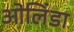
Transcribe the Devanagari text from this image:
ओलिंडा